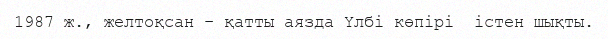
1987 ж., желтоқсан – қатты аязда Үлбі көпірі  істен шықты.